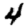
Digit: 4